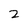
Character: 2